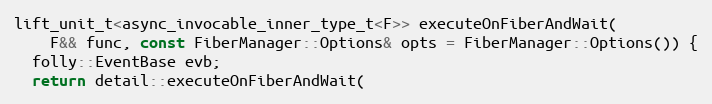
Language: C
lift_unit_t<async_invocable_inner_type_t<F>> executeOnFiberAndWait(
    F&& func, const FiberManager::Options& opts = FiberManager::Options()) {
  folly::EventBase evb;
  return detail::executeOnFiberAndWait(